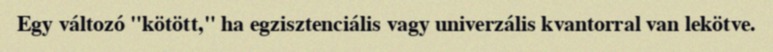
Egy változó "kötött," ha egzisztenciális vagy univerzális kvantorral van lekötve.